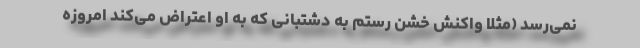
نمی‌رسد (مثلاً واکنش خشن رستم به دشتبانی که به او اعتراض می‌کند امروزه